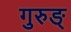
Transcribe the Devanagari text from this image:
गुरुङ्‌